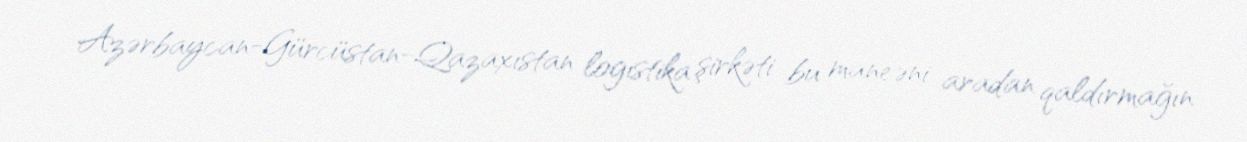
Azərbaycan-Gürcüstan-Qazaxıstan logistika şirkəti bu maneəni aradan qaldırmağın